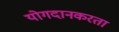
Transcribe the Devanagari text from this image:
योगदानकरता